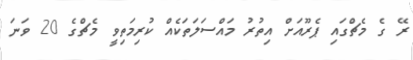
ރޭ ގެ މެޗްގައި ޕެރޫއަށް އިތުރު މައްސަލަތަކެއް ކުރިމަތިވީ މެޗްގެ 20 ވަނަ